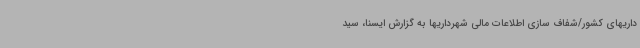
داریهای کشور/شفاف سازی اطلاعات مالی شهرداریها به گزارش ایسنا، سید